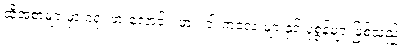
ထိုအစာများမှာ ခရု၊ ဖားလောင်း၊ ဖား၊ ငါးကလေးများနှင့် ပုစွန်များဖြစ်သည်။